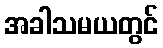
အခါသမယတွင်